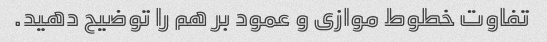
تفاوت خطوط موازی و عمود بر هم را توضیح دهید.